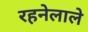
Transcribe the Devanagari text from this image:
रहनेलाले